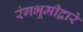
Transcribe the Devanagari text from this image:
रंगभूमीद्वारे